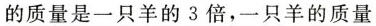
的质量是一只羊的3倍，一只羊的质量